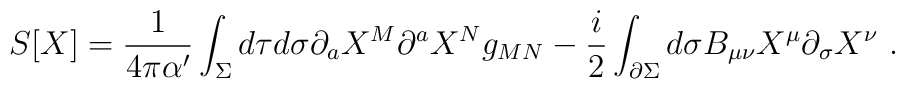
S[X]=\frac{1}{4\pi\alpha'}\int_{\Sigma} d\tau d\sigma   \partial_{a}X^{M} \partial^{a}X^{N}g_{MN}  -\frac{i}{2}\int_{\partial\Sigma} d\sigma    B_{\mu\nu}X^{\mu} \partial_{\sigma}X^{\nu}~.